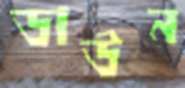
ডাউন